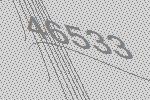
46533